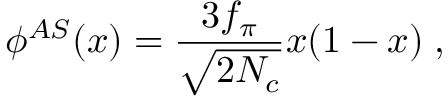
\phi ^ { A S } ( x ) = \frac { 3 f _ { \pi } } { \sqrt { 2 N _ { c } } } x ( 1 - x ) \; ,